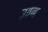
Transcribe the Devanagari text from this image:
उतन